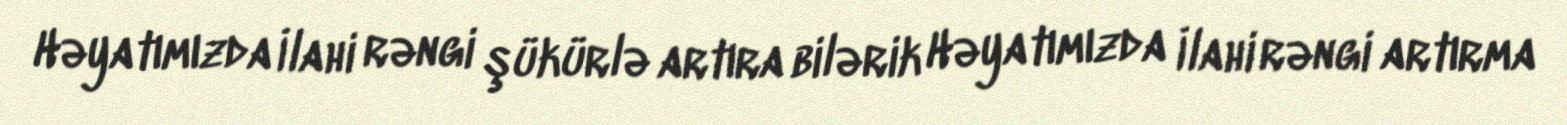
Həyatımızda İlahi rəngi şükürlə artıra bilərik Həyatımızda İlahi rəngi artırma